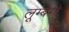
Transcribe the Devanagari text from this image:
लूम्बेगो